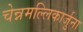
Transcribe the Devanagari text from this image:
चेन्नमल्लिकार्जुना